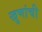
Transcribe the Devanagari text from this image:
खुणांची